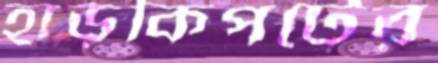
হাড়কিপটের